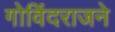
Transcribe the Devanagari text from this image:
गोविंदराजने